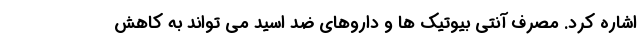
اشاره کرد. مصرف آنتی بیوتیک ها و داروهای ضد اسید می تواند به کاهش